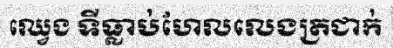
ឈ្វេង ទីធ្លាប់ហែលលេងត្រជាក់